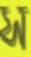
স